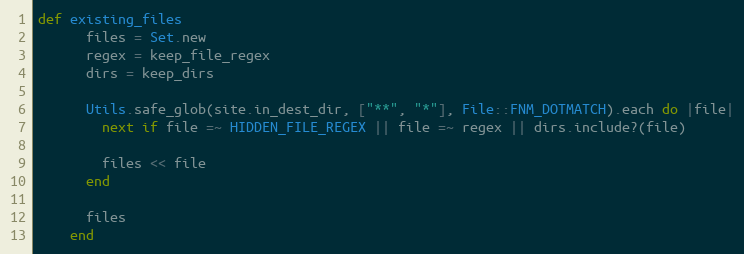
Language: Ruby
def existing_files
      files = Set.new
      regex = keep_file_regex
      dirs = keep_dirs

      Utils.safe_glob(site.in_dest_dir, ["**", "*"], File::FNM_DOTMATCH).each do |file|
        next if file =~ HIDDEN_FILE_REGEX || file =~ regex || dirs.include?(file)

        files << file
      end

      files
    end